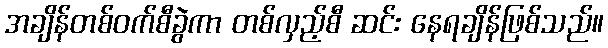
အချိန်တစ်ဝက်စီခွဲကာ တစ်လှည့်စီ ဆင်း နေရချိန်ဖြစ်သည်။